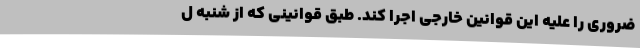
ضروری را علیه این قوانین خارجی اجرا کند. طبق قوانینی که از شنبه ل